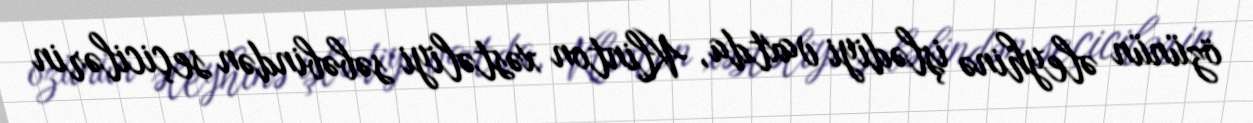
özünün əleyhinə işlədiyi vaxtda, Klinton xəstəliyi səbəbindən seçicilərin